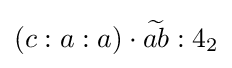
(c:a:a)\cdot {\widetilde {ab}}:4_{2}